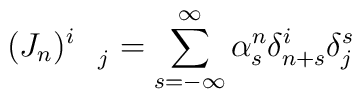
(J_{n})_{\quad j}^{i}=\sum_{s=-\infty }^{\infty }\alpha _{s}^{n}\delta_{n+s}^{i}\delta _{j}^{s}